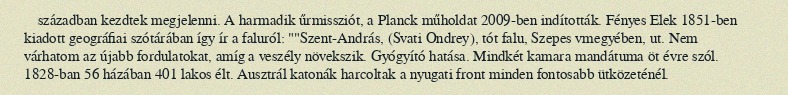
században kezdtek megjelenni. A harmadik űrmissziót, a Planck műholdat 2009-ben indították. Fényes Elek 1851-ben kiadott geográfiai szótárában így ír a faluról: ""Szent-András, (Svati Ondrey), tót falu, Szepes vmegyében, ut. Nem várhatom az újabb fordulatokat, amíg a veszély növekszik. Gyógyító hatása. Mindkét kamara mandátuma öt évre szól. 1828-ban 56 házában 401 lakos élt. Ausztrál katonák harcoltak a nyugati front minden fontosabb ütközeténél.